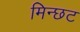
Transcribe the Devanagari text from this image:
मिन्छट